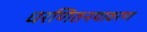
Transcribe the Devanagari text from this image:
धरणितनयावरण